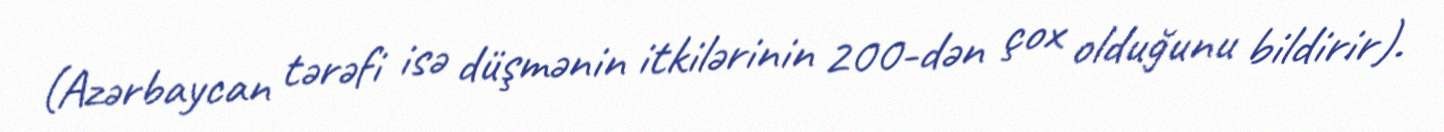
(Azərbaycan tərəfi isə düşmənin itkilərinin 200-dən çox olduğunu bildirir).